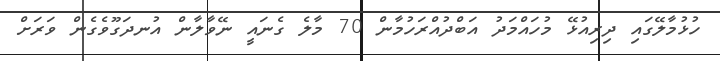
ހުޅުމާލޭގައި ދިރިއުޅޭ މުހައްމަދު އަބްދުއްރަހުމާން 70 މާލެ ގެނައީ ނޭވާލާން އުނދަގޫވެގެން ވަރަށް